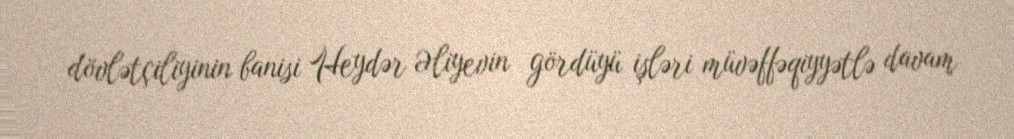
dövlətçiliyinin banisi Heydər Əliyevin gördüyü işləri müvəffəqiyyətlə davam